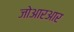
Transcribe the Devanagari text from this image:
जोआरआर